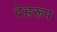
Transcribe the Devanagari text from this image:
देहरूप